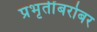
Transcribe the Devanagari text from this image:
प्रभृतींबरोबर